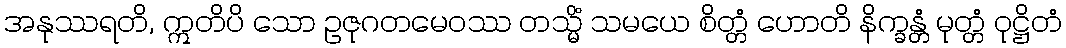
အနုဿရတိ, ဣတိပိ သော ဥဇုဂတမေဝဿ တသ္မိံ သမယေ စိတ္တံ ဟောတိ နိက္ခန္တံ မုတ္တံ ဝုဋ္ဌိတံ